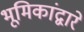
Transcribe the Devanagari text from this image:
भूमिकांद्वारे